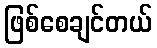
ဖြစ်စေချင်တယ်